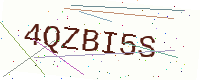
Text: 4QZBI5S